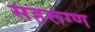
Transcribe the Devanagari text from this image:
सहरूग्ण